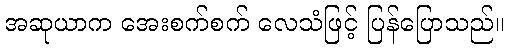
အဆုယာက အေးစက်စက် လေသံဖြင့် ပြန်ပြောသည်။